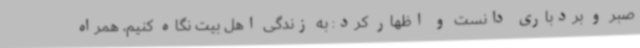
صبر و بردباری دانست و اظهار کرد: به زندگی اهل بیت نگاه کنیم، همراه